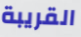
القريبة